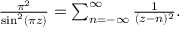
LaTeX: \begin{array} { r } { { \frac { \pi ^ { 2 } } { \sin ^ { 2 } ( \pi z ) } } = \sum _ { n = - \infty } ^ { \infty } { \frac { 1 } { ( z - n ) ^ { 2 } } } . } \end{array}